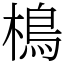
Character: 樢